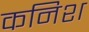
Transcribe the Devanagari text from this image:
कनिश